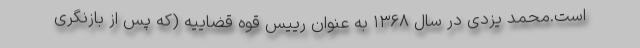
است.محمد یزدی در سال ۱۳۶۸ به عنوان رییس قوه قضاییه (که پس از بازنگری